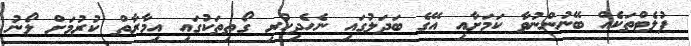
ފުލެޓްތަކެއް ބޭނުންނުވާ ކަމަށާއި އޭގެ ބަދަލުގައި ނެހެދިހުރި ގޯތިތަކުގައި އިމާރާތް ކުރުމަށް ލޯނު